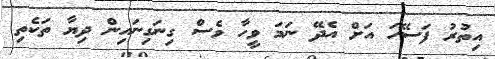
އިތުރު ފަސޭހަ އަށް އެދޭ ނަމަ ވީހާ ވެސް ގިނަގިނައިން ދިޔާ ތަކެތި